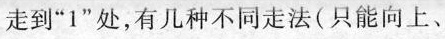
走到”1”处，有几种不同走法(只能向上、